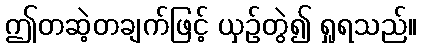
ဤတဆဲ့တချက်ဖြင့် ယှဉ်တွဲ၍ ရှုရသည်။